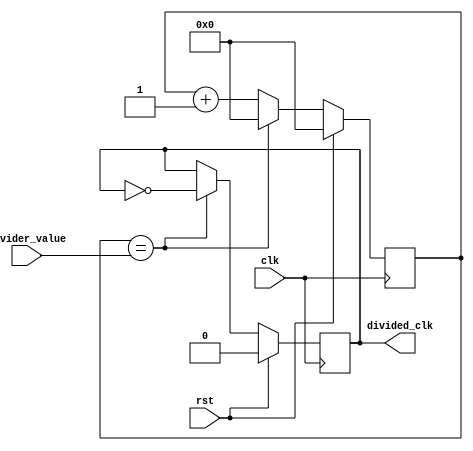
module clock_divider (
    input wire clk,
    input wire rst,
    input wire [7:0] divider_value,
    output reg divided_clk
);

reg [7:0] count;

always @ (posedge clk) begin
    if (rst) begin
        count <= 8'd0;
        divided_clk <= 1'b0;
    end else begin
        if (count == divider_value) begin
            count <= 8'd0;
            divided_clk <= ~divided_clk;
        end else begin
            count <= count + 1;
        end
    end
end

endmodule